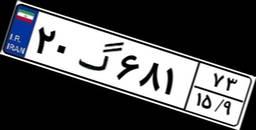
۲۰گ۶۸۱۷۳